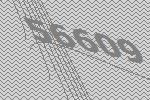
56609